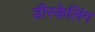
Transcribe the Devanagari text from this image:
डीस्केलिंग